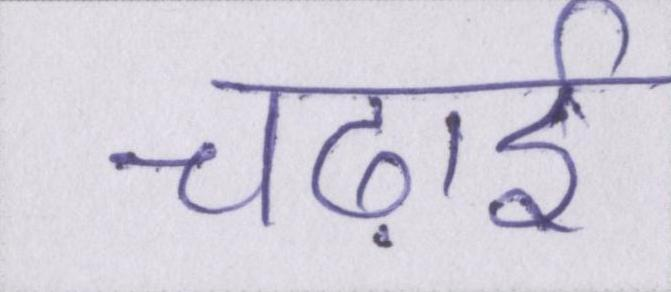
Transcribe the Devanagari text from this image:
चढ़ाई